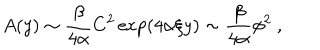
LaTeX: A ( y ) \sim { \frac { \beta } { 4 \alpha } } C ^ { 2 } \exp ( 4 \alpha \xi y ) \sim { \frac { \beta } { 4 \alpha } } \phi ^ { 2 } ~ ,